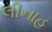
લીનાહ